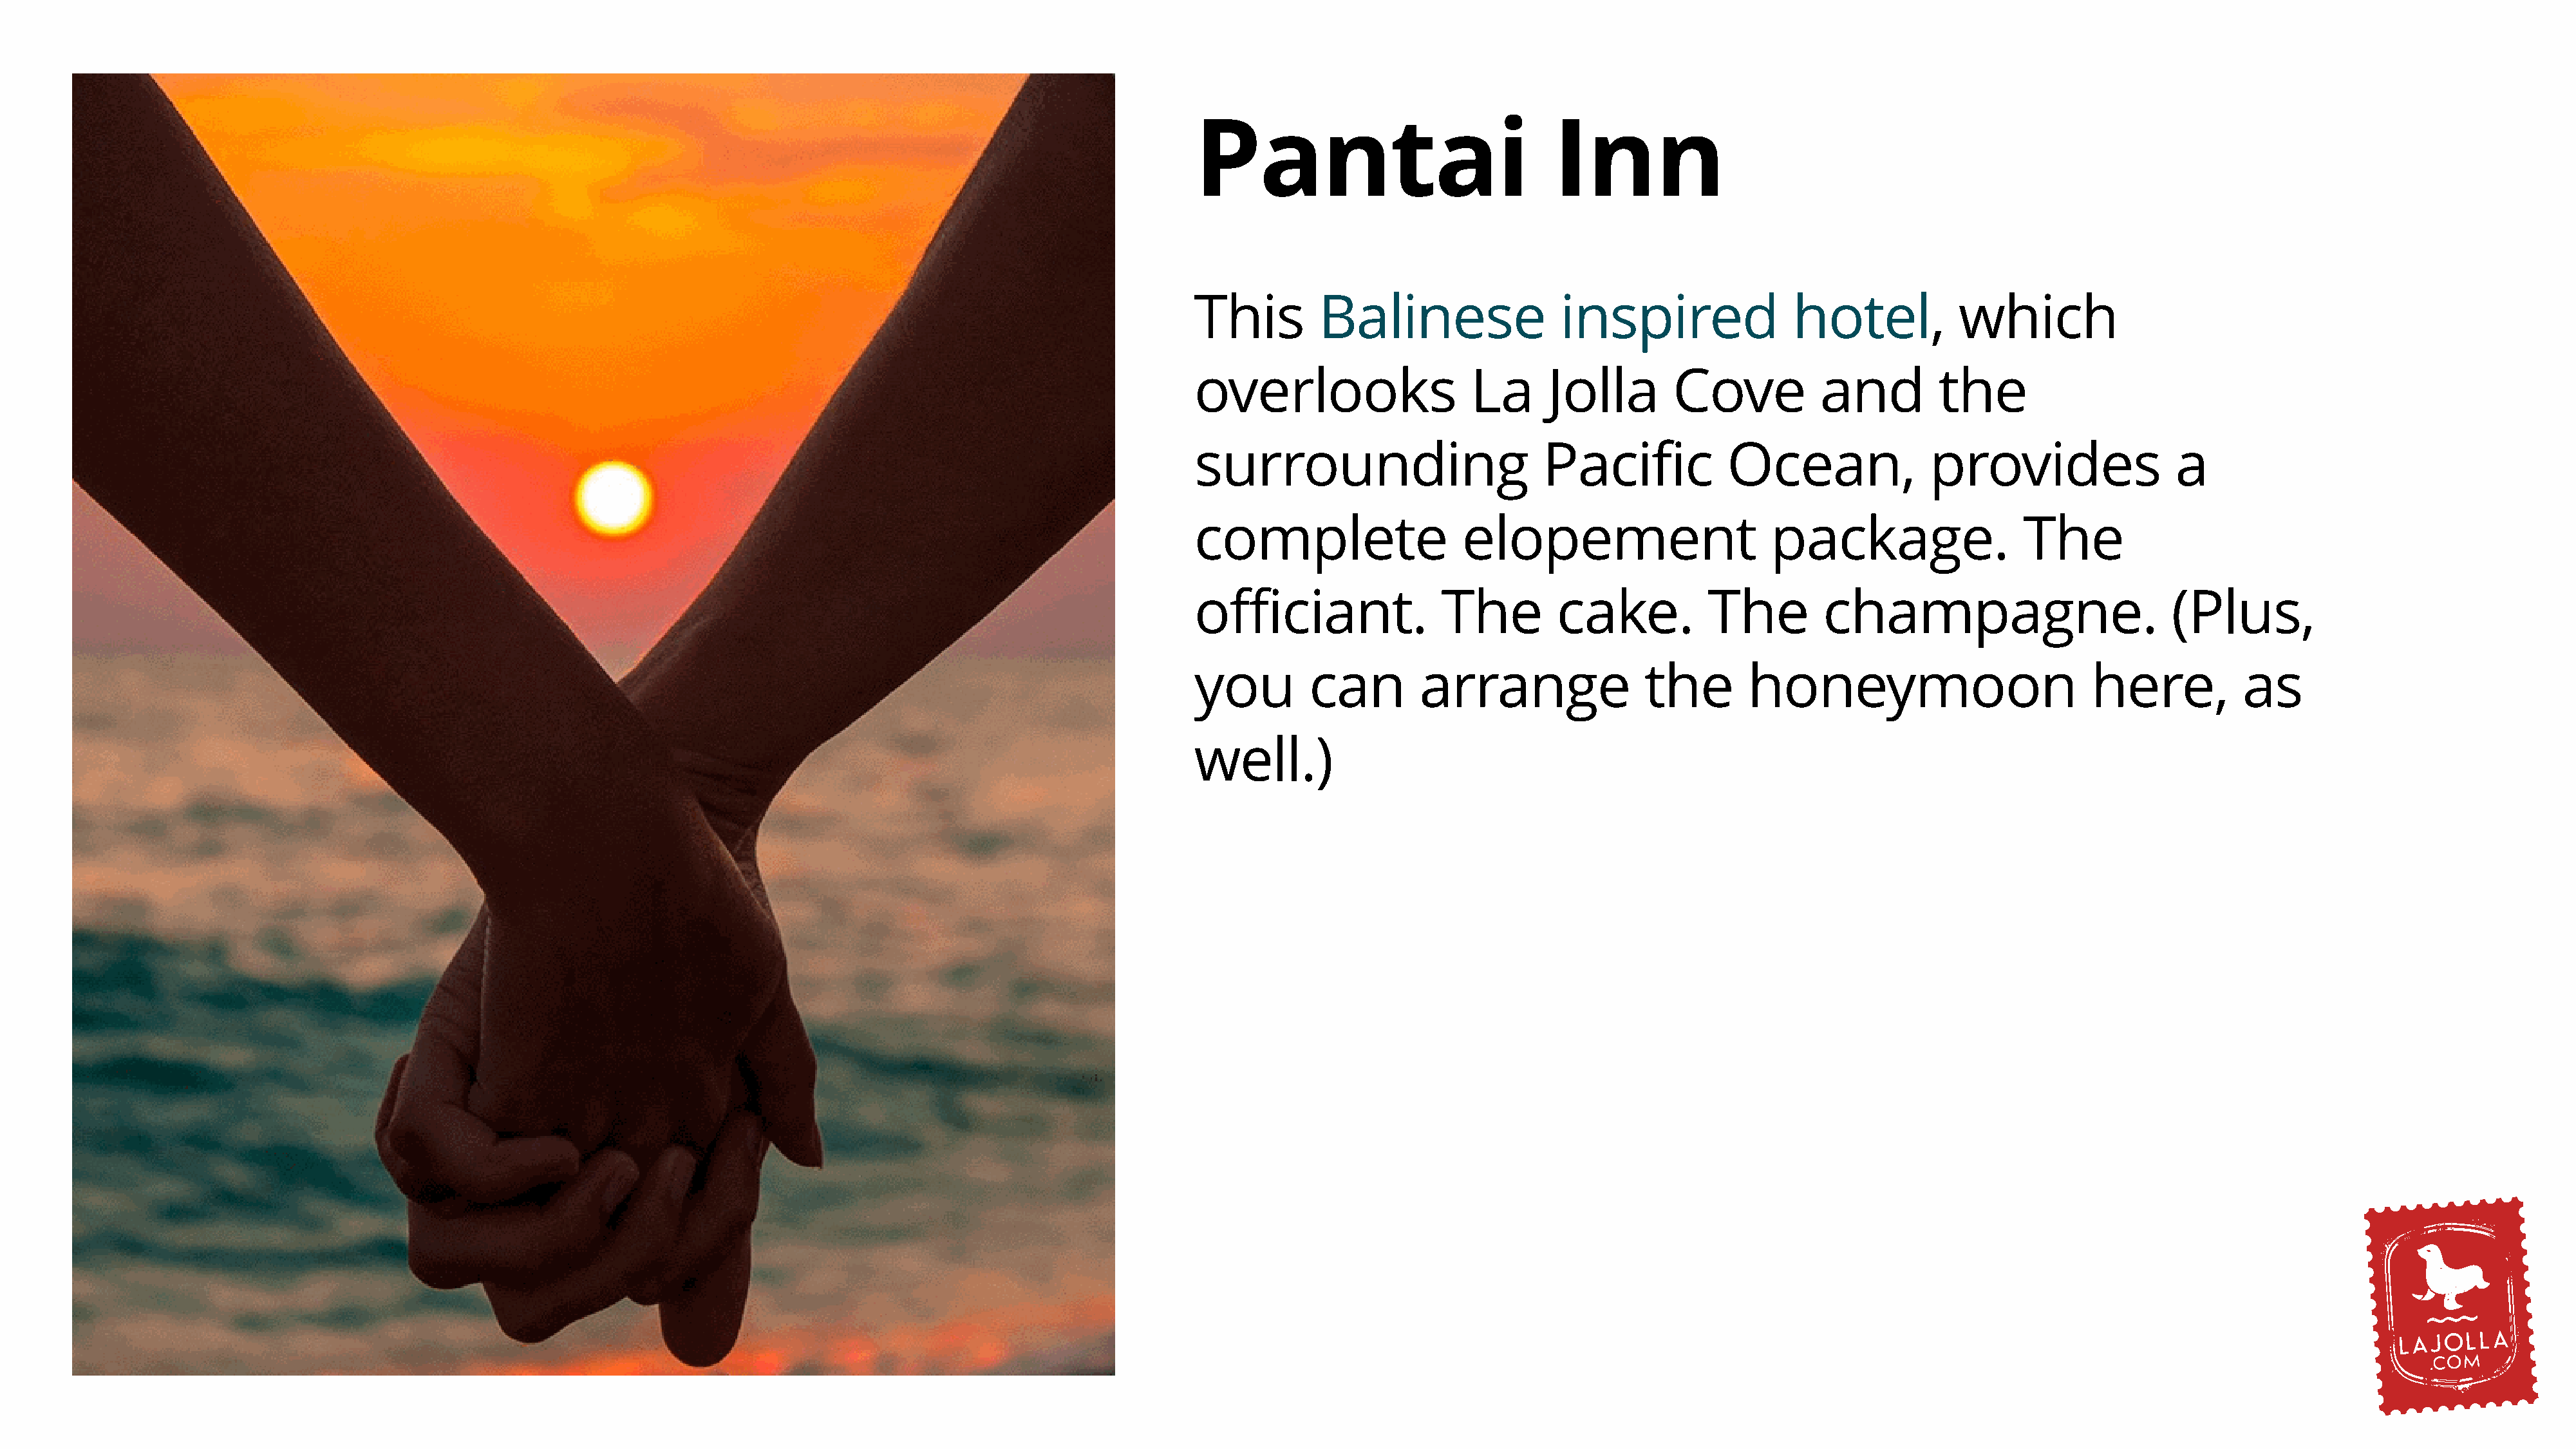
Pantai                               Inn
 This         Balinese                inspired                hotel,           which
 overlooks                   La      Jolla        Cove           and         the
 surrounding                         Pacific            Ocean,              provides                  a
 complete                   elopement                       package.                  The
 officiant.               The         cake.           The        champagne.                          (Plus,
 you         can        arrange                the        honeymoon                          here,           as
 well.)